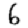
Digit: 6